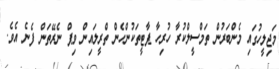
މަޖިލީހުގައި މެންބަރުން ތަމްސީލްކުރާ ހުރިހާ ޕާޓީތަކުންހެން ތްރީލައިން ވިޕް ނެރޭތަން ފެނެ އެވެ.